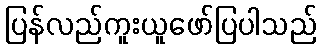
ပြန်လည်ကူးယူဖော်ပြပါသည်